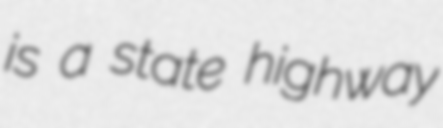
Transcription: is a state highway